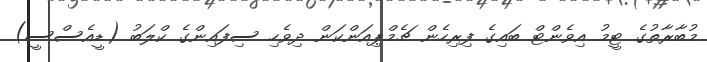
މުބާރާތުގެ ޓީމު އިވެންޓް ބައިގެ ފިރިހެން ޗެމްޕިއަންކަން ދިވެހި ސިފައިންގެ ކްލަބު (ޑީއެސްސީ)